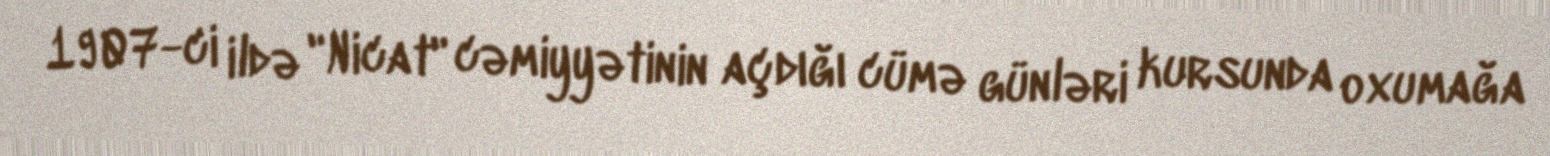
1907-ci ildə "Nicat" cəmiyyətinin açdığı cümə günləri kursunda oxumağa